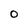
Character: O